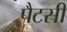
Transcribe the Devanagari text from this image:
पैटसी